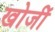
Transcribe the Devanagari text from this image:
खोजीं